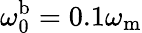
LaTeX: \omega_{\mathrm{0}}^{\mathrm{b}}=0.1\omega_{\mathrm{m}}